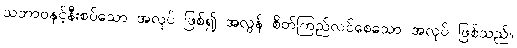
သဘာဝနှင့်နီးစပ်သော အလုပ် ဖြစ်၍ အလွန် စိတ်ကြည်လင်စေသော အလုပ် ဖြစ်သည်။